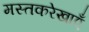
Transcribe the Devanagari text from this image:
मस्तकरेखाएँ